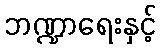
ဘဏ္ဍာရေးနှင့်